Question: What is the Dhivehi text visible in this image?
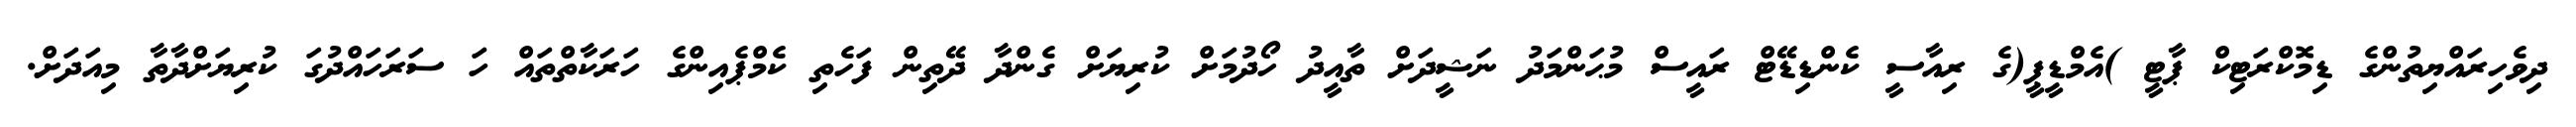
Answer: ދިވެހިރައްޔިތުންގެ ޑިމޮކްރަޓިކް ޕާޓީ )އެމްޑީޕީ(ގެ ރިއާސީ ކެންޑިޑޭޓް ރައީސް މުޙަންމަދު ނަޝީދަށް ތާއީދު ހޯދުމަށް ކުރިޔަށް ގެންދާ ދޭތިން ފަހެތި ކެމްޕެއިންގެ ހަރަކާތްތައް ހަ ސަރަހައްދުގަ ކުރިޔަށްދާތާ މިއަދަށް.